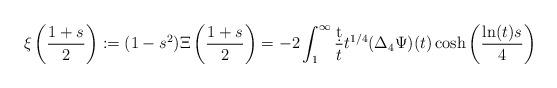
LaTeX: \begin{align*}\xi\left(\frac{1+s}{2}\right):=(1-s^2)\Xi\left(\frac{1+s}{2}\right)=-2\int_1^\infty\frac{\d{t}}{t}t^{1/4}(\Delta_4\Psi)(t)\cosh\left(\frac{\ln(t){s}}{4}\right)\end{align*}